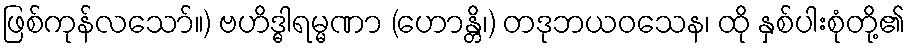
ဖြစ်ကုန်လသော်။) ဗဟိဒ္ဓါရမ္မဏာ (ဟောန္တိ၊) တဒုဘယဝသေန၊ ထို နှစ်ပါးစုံတို့၏